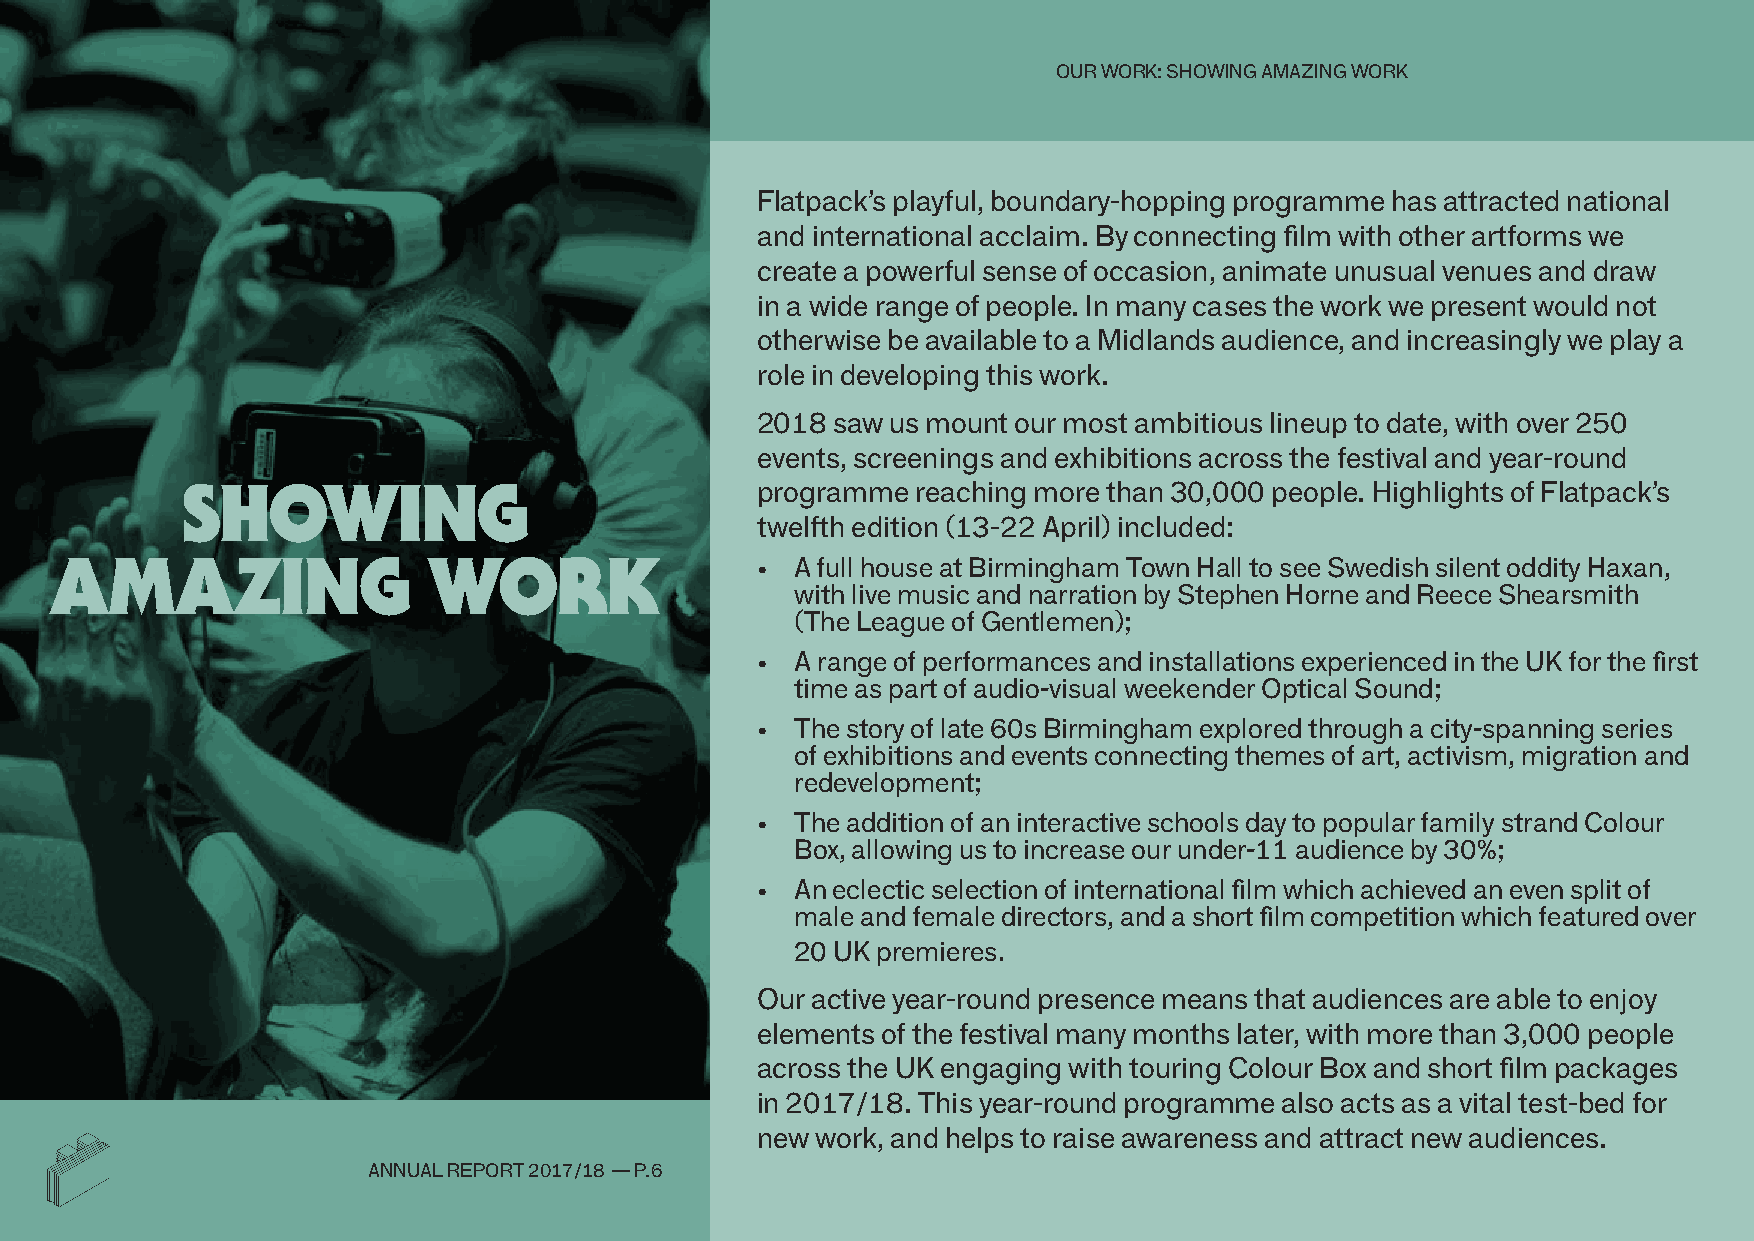
ouR WoRK: shoWIng amazIng WoRK
 flatpack’s playful, boundary-hopping programme has attracted national
 and international acclaim. by connecting film with other artforms we
 create a powerful sense of occasion, animate unusual venues and draw
 in a wide range of people. In many cases the work we present would not
 otherwise be available to a midlands audience, and increasingly we play a
 role in developing this work.
 2018 saw us mount our most ambitious lineup to date, with over 250
 events, screenings and exhibitions across the festival and year-round
 showInG                               programme  reaching more than 30,000 people. highlights of flatpack’s
 twelfth edition (13-22 april) included:
 amazInG                  work                  •  a full house at birmingham town hall to see swedish silent oddity haxan,
 with live music and narration by stephen horne and Reece shearsmith
 (the league of gentlemen);
 •  a range of performances and installations experienced in the uK for the first
 time as part of audio-visual weekender optical sound;
 •  the story of late 60s birmingham explored through a city-spanning series
 of exhibitions and events connecting themes of art, activism, migration and
 redevelopment;
 •  the addition of an interactive schools day to popular family strand Colour
 box, allowing us to increase our under-11 audience by 30%;
 •  an eclectic selection of international film which achieved an even split of
 male and female directors, and a short film competition which featured over
 20 uK premieres.
 our active year-round presence means that audiences are able to enjoy
 elements of the festival many months later, with more than 3,000 people
 across the uK engaging with touring Colour box and short film packages
 in 2017/18. this year-round programme also acts as a vital test-bed for
 new work, and helps to raise awareness and attract new audiences.
 annual RepoRt 2017/18 — p.6